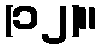
(၁၂)။